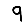
Digit: 9